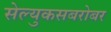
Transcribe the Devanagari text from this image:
सेल्युकसबरोबर